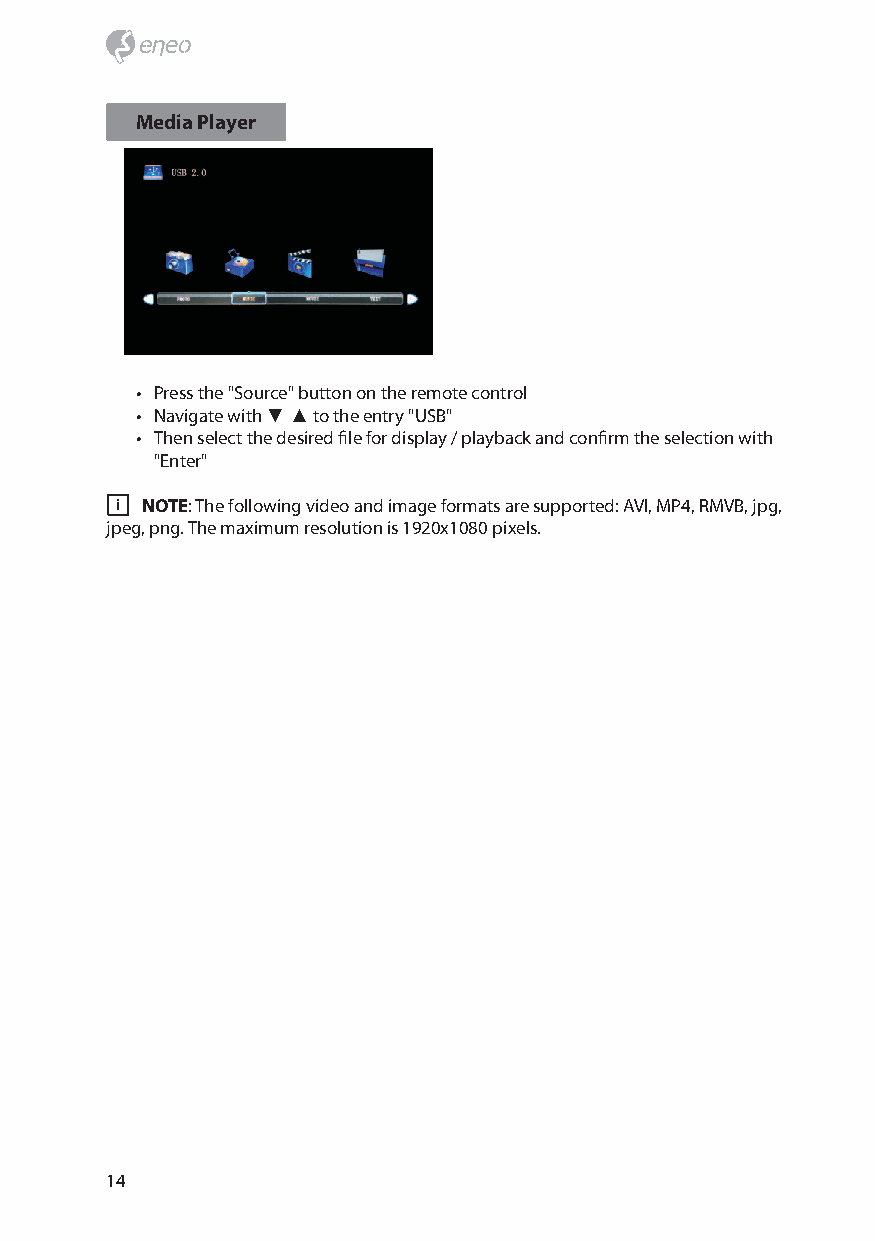
Media Player
 • Press the "Source" button on the remote control
 • Navigate with ▼ ▲ to the entry "USB"
 • Then select the desired file for display / playback and confirm the selection with
 "Enter"
 i NOTE: The following video and image formats are supported: AVI, MP4, RMVB, jpg,
 jpeg, png. The maximum resolution is 1920x1080 pixels.
 14